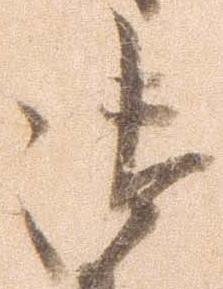
御